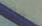
للكلمة